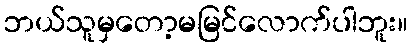
ဘယ်သူမှတော့မမြင်လောက်ပါဘူး။